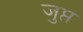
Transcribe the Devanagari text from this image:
जुप्त